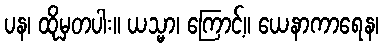
ပန၊ ထိုမှတပါး။ ယသ္မာ၊ ကြောင့်။ ယေနာကာရေန၊